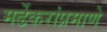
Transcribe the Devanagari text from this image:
मर्ढेकरांप्रमाणे